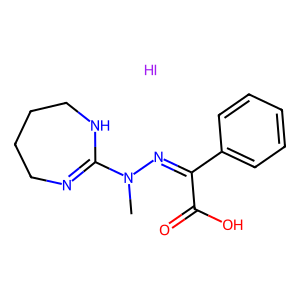
SMILES: CN(N=C(C(=O)O)c1ccccc1)C1=NCCCCN1.I
Inhibits HIV replication: No